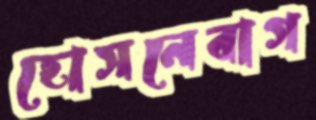
হোসনেবাগ